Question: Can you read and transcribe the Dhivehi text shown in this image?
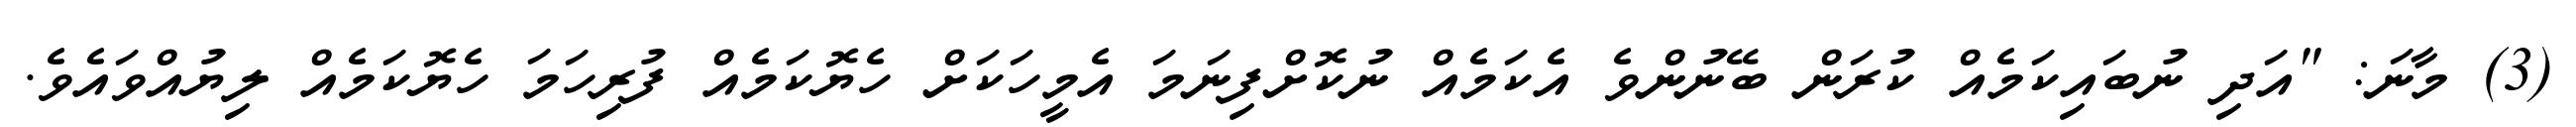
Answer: (3) މާނަ: "އަދި ނުބައިކަމެއް ކުރަން ބޭނުންވެ އެކަމެއް ނުކޮށްފިނަމަ އެމީހަކަށް ހެޔޮކަމެއް ފުރިހަމަ ހެޔޮކަމެއް ލިޔުއްވައެވެ.